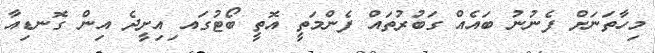
މިހާތަނަށް ފެނުނު ބައެއް ގަބުރުތައް ފެންމަތީ އޮތީ ބޯޓުގައ ިއިށީދެ އިން ގޮނޑިއާ